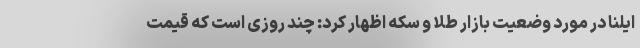
ایلنا در مورد وضعیت بازار طلا و سکه اظهار کرد: چند روزی است که قیمت